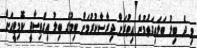
މި ދެ ބިލު ބަލައިގަތުމުން އިތުރަށް ދިރާސާކުރުމަށް ބިމުގެ ބިލު އިގްތިސާދީ ކޮމިޓީއަށް